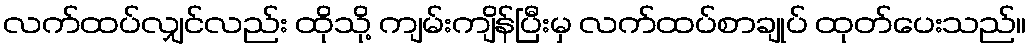
လက်ထပ်လျှင်လည်း ထိုသို့ ကျမ်းကျိန်ပြီးမှ လက်ထပ်စာချုပ် ထုတ်ပေးသည်။